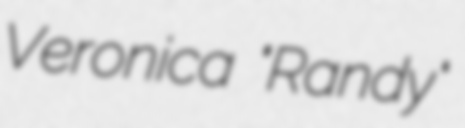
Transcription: Veronica "Randy"